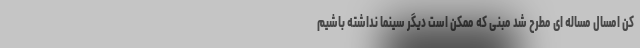
کن امسال مساله ای مطرح شد مبنی که ممکن است دیگر سینما نداشته باشیم